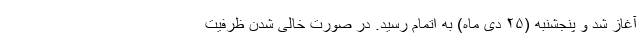
آغاز شد و پنجشنبه (۲۵ دی ماه) به اتمام رسید. در صورت خالی شدن ظرفیت